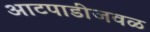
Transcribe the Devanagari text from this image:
आटपाडीजवळ